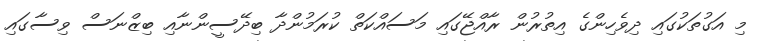
މި އަގުތަކުގައި ދިވެހިންގެ އިތުރުން ރާއްޖޭގައި މަސައްކަތް ކުރަމުންދާ ބިދޭސީންނާއި ބިޒްނަސް ވިސާގައި